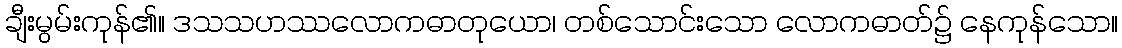
ချီးမွမ်းကုန်၏။ ဒသသဟဿလောကဓာတုယော၊ တစ်သောင်းသော လောကဓာတ်၌ နေကုန်သော။